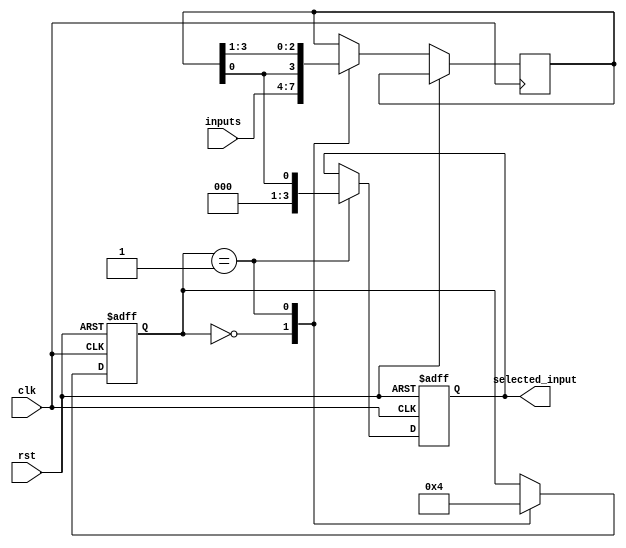
module serial_arbiter (
    input wire clk,
    input wire rst,
    input wire [3:0] inputs,
    output reg [3:0] selected_input
);

reg [3:0] input_priority;
reg [1:0] current_state;

parameter IDLE_STATE = 2'b00;
parameter SELECT_STATE = 2'b01;

always @(posedge clk or posedge rst) begin
    if (rst) begin
        current_state <= IDLE_STATE;
        selected_input <= 4'b0000;
    end else begin
        case (current_state)
            IDLE_STATE: begin
                current_state <= SELECT_STATE;
                input_priority <= inputs;
            end
            SELECT_STATE: begin
                current_state <= IDLE_STATE;
                selected_input <= input_priority[0];
                input_priority <= {input_priority[0], input_priority[3:1]};
            end
        endcase
    end
end

endmodule